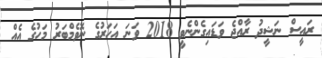
ރައީސް ނަޝީދު ރާއްޖެ ވަޑައިގެންނެވީ 2018 ވަނަ އަހަރުގެ ނޮވެމްބަރު މަހުގެ އެއް